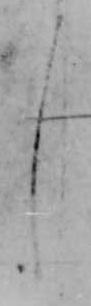
し